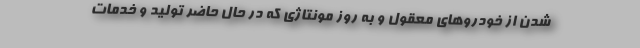
شدن از خودروهای معقول و به روز مونتاژی که در حال حاضر تولید و خدمات